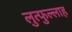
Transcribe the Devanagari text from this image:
लुत्फुल्लाह